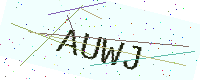
Text: AUWJ